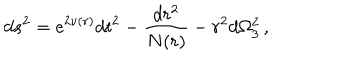
LaTeX: d s ^ { 2 } = \mathrm { e } ^ { 2 \nu ( r ) } d t ^ { 2 } - \frac { d r ^ { 2 } } { N ( r ) } - r ^ { 2 } d \Omega _ { 3 } ^ { 2 } \, ,